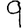
Digit: 9